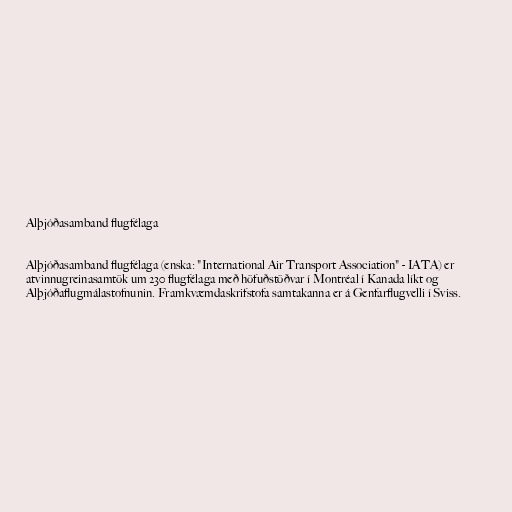
Alþjóðasamband flugfélaga

Alþjóðasamband flugfélaga (enska: "International Air Transport Association" - IATA) er
atvinnugreinasamtök um 230 flugfélaga með höfuðstöðvar í Montréal í Kanada líkt og
Alþjóðaflugmálastofnunin. Framkvæmdaskrifstofa samtakanna er á Genfarflugvelli í Sviss.